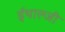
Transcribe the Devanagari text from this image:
ईथाल्जी